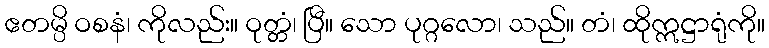
ဧတမ္ပိ ဝစနံ၊ ကိုလည်း။ ဝုတ္တံ၊ ပြီ။ သော ပုဂ္ဂလော၊ သည်။ တံ၊ ထိုဣဋ္ဌာရုံကို။